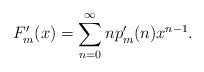
LaTeX: \begin{align*} F_m'(x) &= \sum_{n=0}^\infty np_m'(n) x^{n-1}.\end{align*}